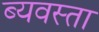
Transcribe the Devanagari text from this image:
ब्यवस्ता